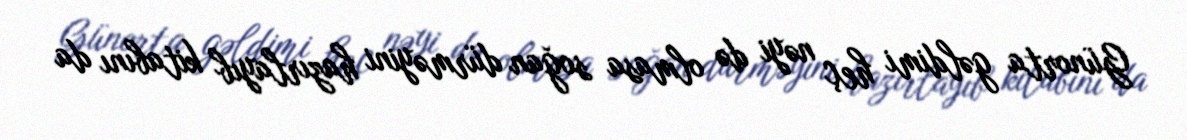
Günorta gəldimi heç nəyi də olmasa soğan dürməyini hazırlayıb kitabını da